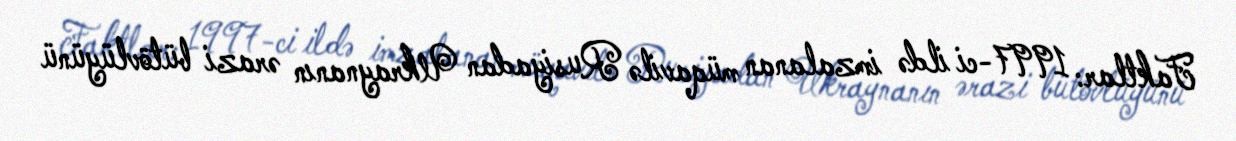
Faktlar: 1997-ci ildə imzalanan müqavilə Rusiyadan Ukraynanın ərazi bütövlüyünü